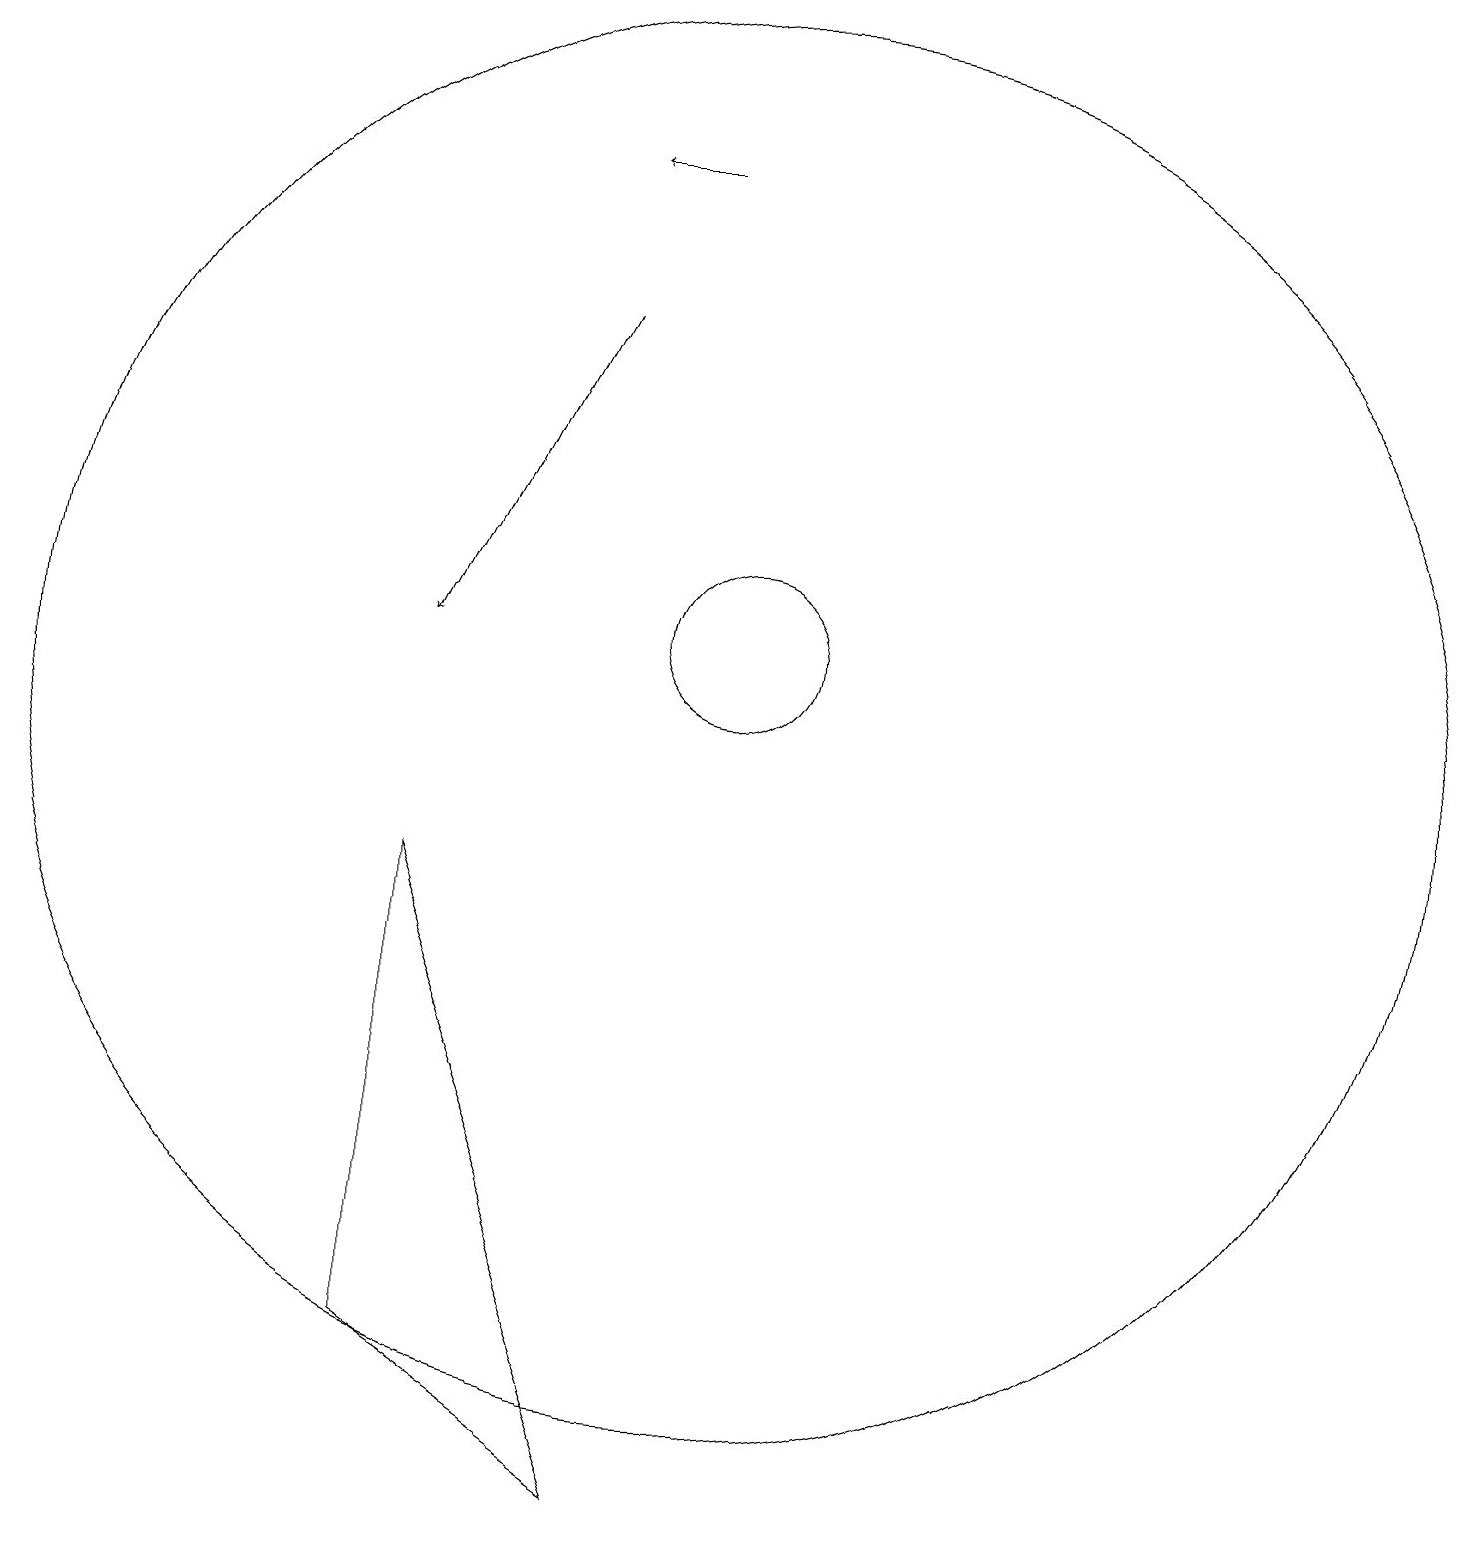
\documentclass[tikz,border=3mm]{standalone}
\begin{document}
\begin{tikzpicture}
\draw (10,11) circle (1);
\draw (6,8) -- (6,2) -- (9,0) -- cycle;
\draw[->] (9,17) -- (8,17);
\draw[->] (8,15) -- (6,11);
\draw (10,10) circle (9);
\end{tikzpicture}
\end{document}